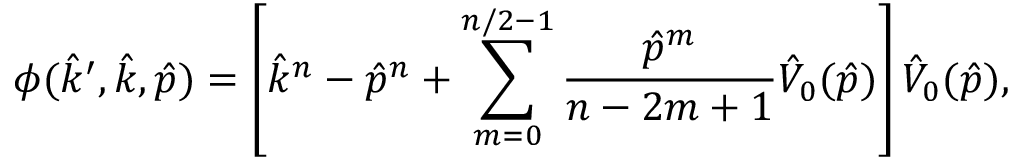
\phi ( \hat { k } ^ { \prime } , \hat { k } , \hat { p } ) = \left[ \hat { k } ^ { n } - \hat { p } ^ { n } + \sum _ { m = 0 } ^ { n / 2 - 1 } { \frac { \hat { p } ^ { m } } { n - 2 m + 1 } } \hat { V } _ { 0 } ( \hat { p } ) \right] \hat { V } _ { 0 } ( \hat { p } ) ,